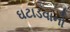
ઘટાડવાનો